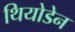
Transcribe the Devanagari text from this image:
थियोडेन